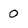
Character: 0